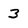
Character: 3